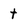
Character: t